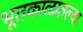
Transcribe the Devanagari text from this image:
भूतकाळातल्या